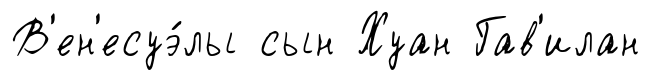
В'ен'есуэ́лы сын Хуан Гав'илан